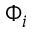
\Phi _ { i }